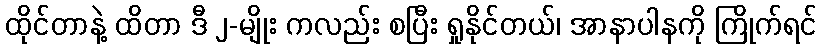
ထိုင်တာနဲ့ ထိတာ ဒီ ၂-မျိုး ကလည်း စပြီး ရှုနိုင်တယ်၊ အာနာပါနကို ကြိုက်ရင်